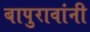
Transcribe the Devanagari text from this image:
बापुरावांनी